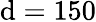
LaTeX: \mathrm{d}=150